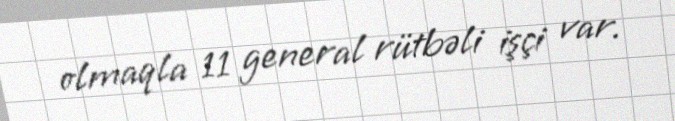
olmaqla 11 general rütbəli işçi var.